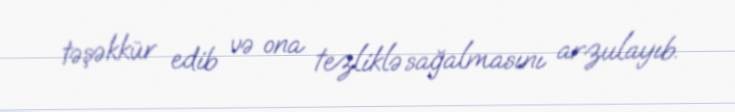
təşəkkür edib və ona tezliklə sağalmasını arzulayıb.